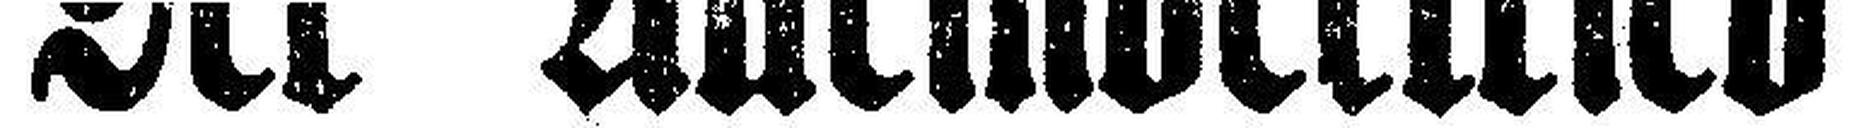
Der Alleinvertrieb